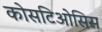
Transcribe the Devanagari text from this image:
कोसटिओसिस